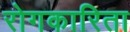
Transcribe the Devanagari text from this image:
रोगकारिता